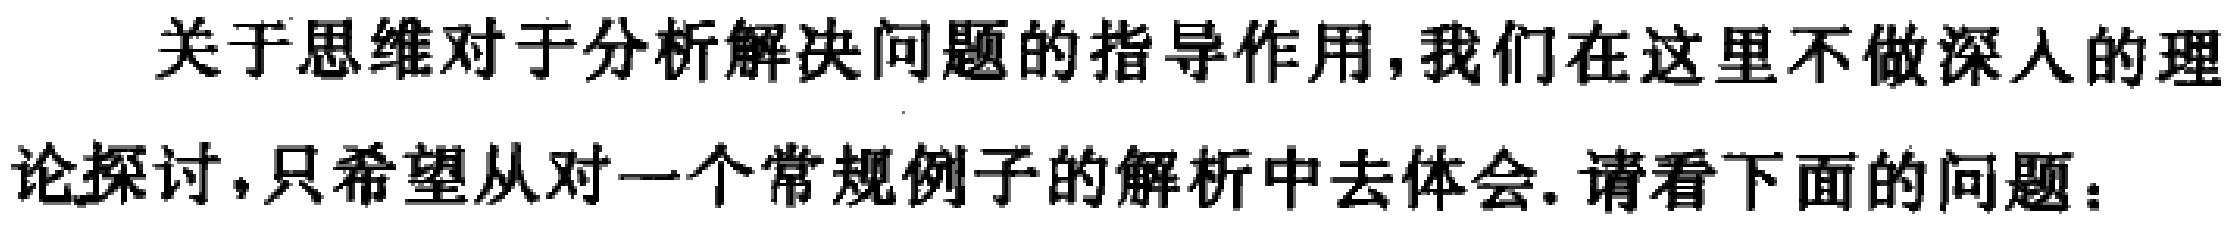
关于思维对于分析解决问题的指导作用,我们在这里不做深入的理
论探讨,只希望从对一个常规例子的解析中去体会.请看下面的问题：